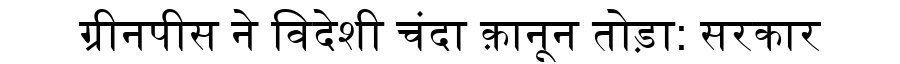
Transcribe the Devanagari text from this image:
ग्रीनपीस ने विदेशी चंदा क़ानून तोड़ा: सरकार